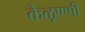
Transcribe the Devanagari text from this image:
केळूण्णी